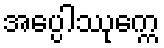
အပ္ပေါဿုက္ကေ